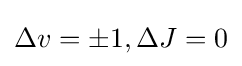
\Delta v=\pm 1,\Delta J=0